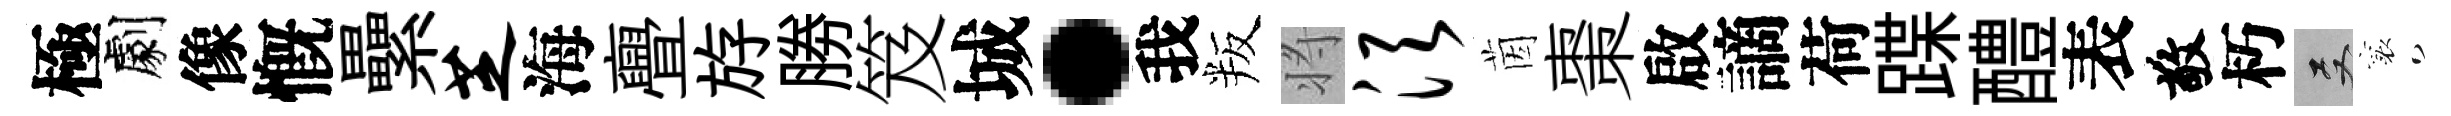
極劇像慨纍芝海亹斿勝笈城·我叛将须茵棗啟謫荷蹀醴表敬朽双襄